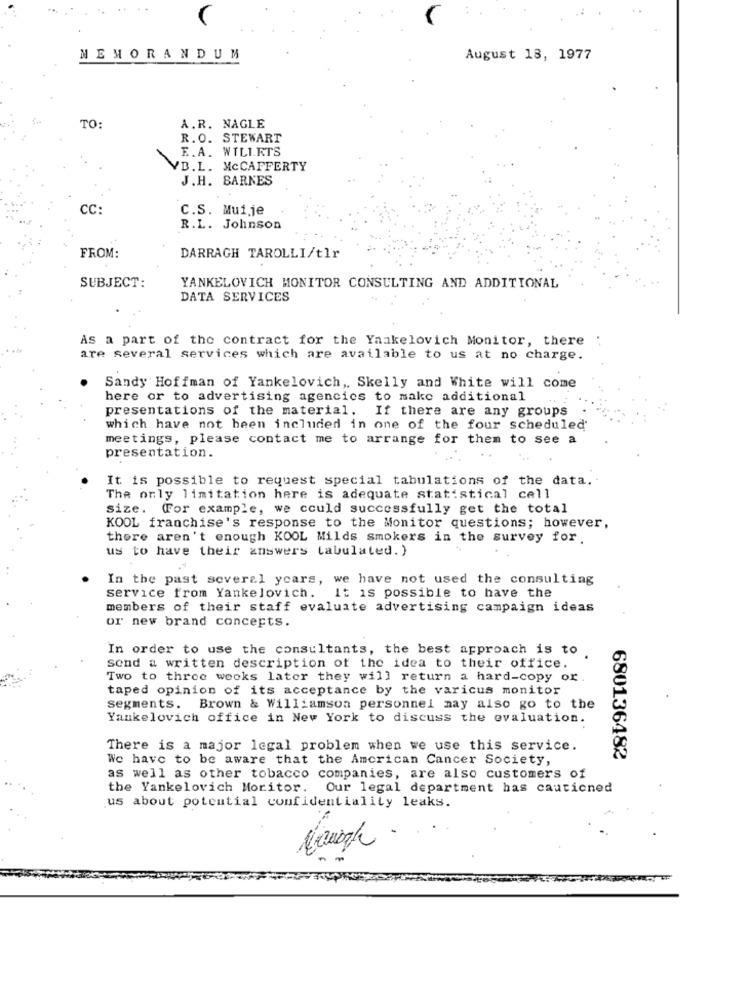
MEMORANDUM
August 18, 1977
TO:
A.R. NAGLE
R.O. STEWART
E.A. WILL.RTS
VB.L. MCCAFFERTY
J.H. BARNES
CC:
C.S. Mui.je
R.L. Johnson
FROM:
DARRAGH TAROLLI/tlr
SUBJECT:
YANKELOVICH MONITOR CONSULTING AND ADDITIONAL
DATA SERVICES
As a part of the contract for the Yankelovich Monitor, there :
are several services which are available to us at no charge.
Sandy Hoffman of Yankelovich ,, Skelly and White will come
here or to advertising agencies to make additional
presentations of the material. If there are any groups
which have not been included in one of the four scheduled
meetings, please contact me to arrange for them to see a
presentation.
It is possible to request special tabulations of the data.
The only limitation here is adequate statistical cell
size. For example, we could successfully get the total
KOOL franchise's response to the Monitor questions; however,
there aren't enough KOOL Milds smokers in the survey for.
us to have their answers tabulated. )
In the past several years, we have not used the consulting
service from Yankelovich. It is possible to have the
members of their staff evaluate advertising campaign ideas
or new brand concepts.
In order to use the consultants, the best approach is to
send a written description of the idea to their office.
Two to three weeks later they will return a hard-copy or.
taped opinion of its acceptance by the varicus monitor
segments. Brown & Williamson personnel may also go to the
Yankelovich office in New York to discuss the evaluation.
There is a major legal problem when we use this service.
We have to be aware that the American Cancer Society,
680136482
as well as other tobacco companies, are also customers of
the Yankelovich Moritor.
Our legal department has cautioned
us about potential confidentiality leaks.